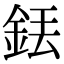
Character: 銩